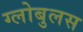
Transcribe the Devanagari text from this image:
ग्लोबुलस